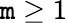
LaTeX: \mathtt{m}\geq1